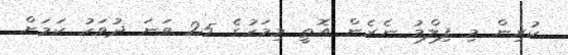
ކުރިން މި ފިލްމު ނެރެން އޮތީ މިމަހުގެ 25 ވަނަ ދުވަހު ކަމަށް